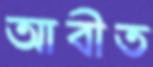
আবীত